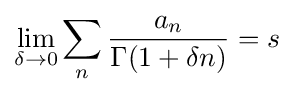
\lim _{\delta \rightarrow 0}\sum _{n}{\frac {a_{n}}{\Gamma (1+\delta n)}}=s